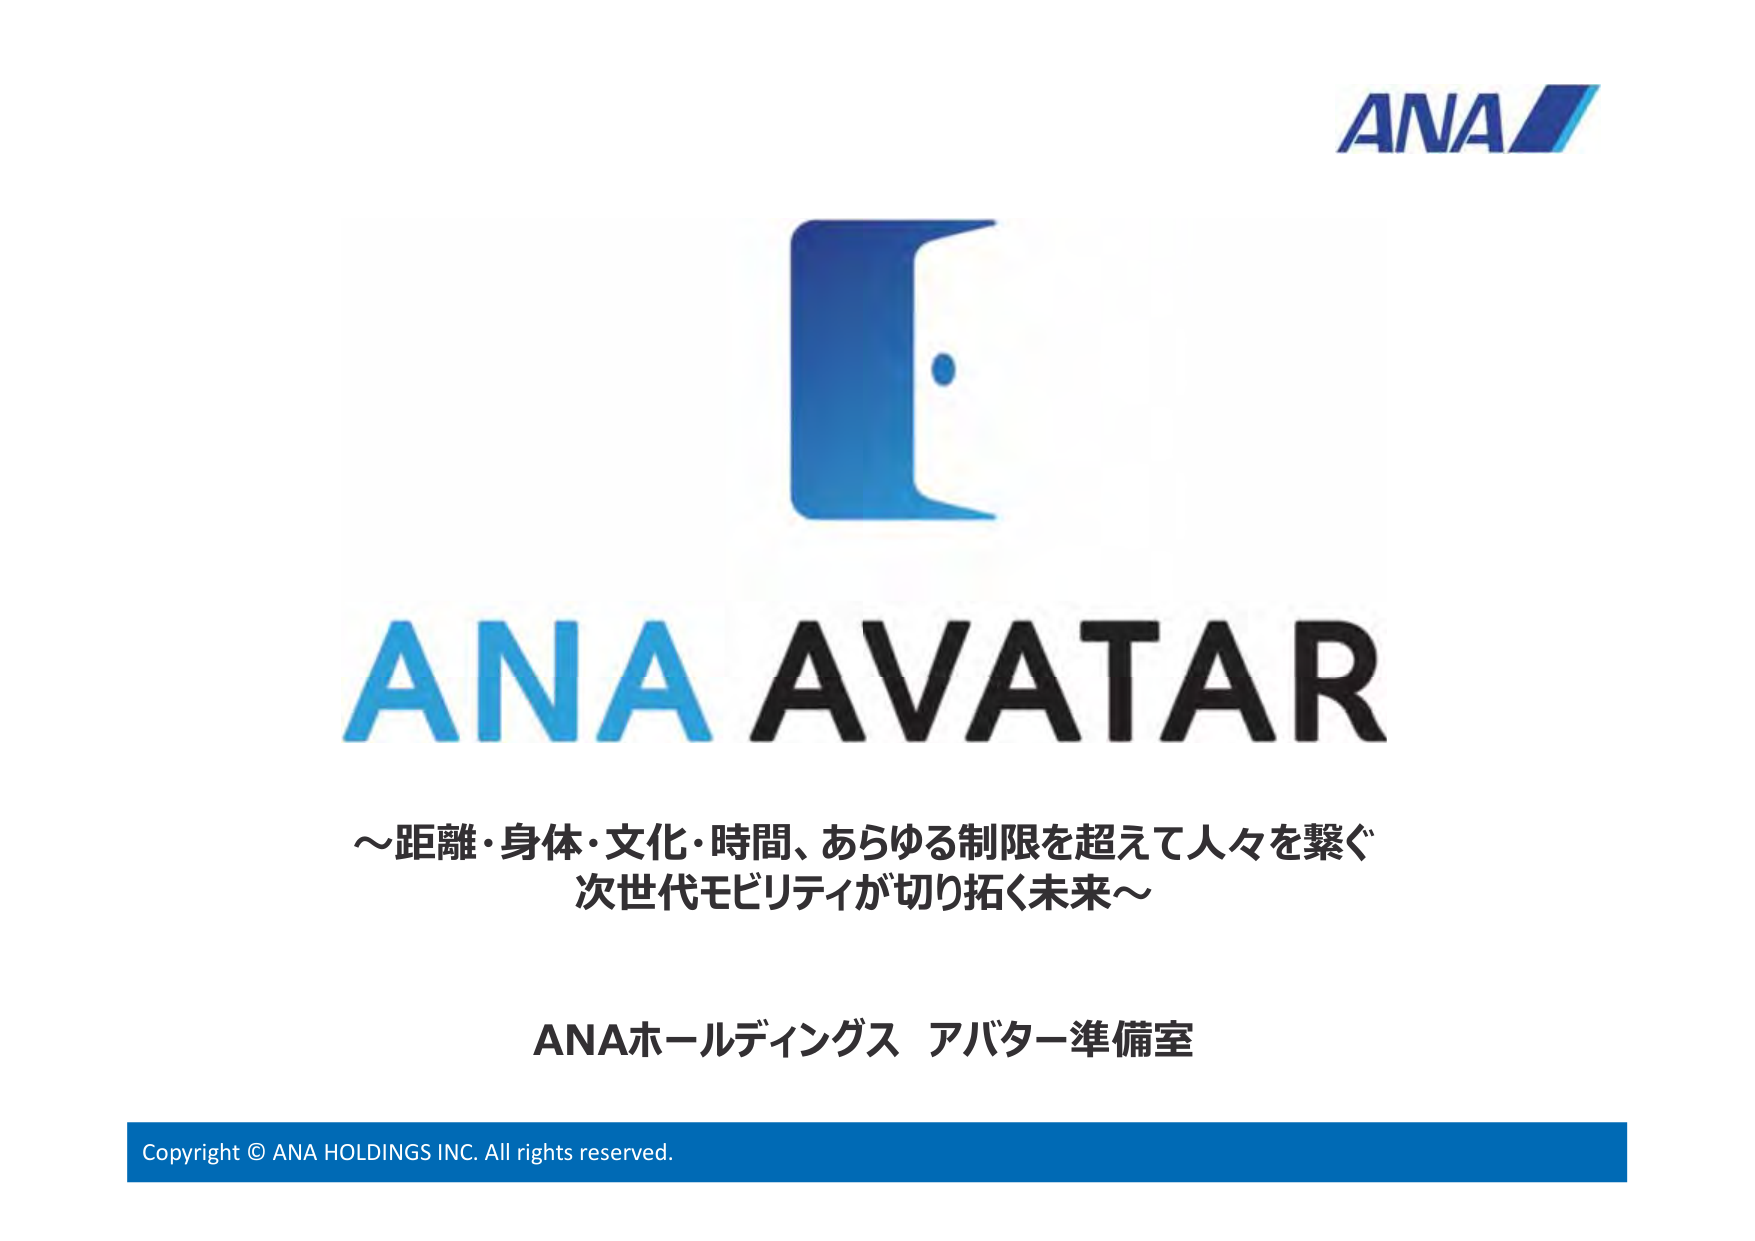
ANA
ANA AVATAR
～距離・身体・文化・時間、あらゆる制限を超えて人々を繋ぐ
次世代モビリティが切り拓く未来～
ANAホールディングス アバター準備室
Copyright © ANA HOLDINGS INC. All rights reserved.